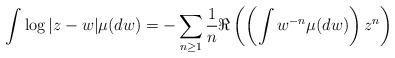
LaTeX: \begin{align*}\int\log|z-w|\mu(dw)=-\sum_{n\ge1}\frac{1}{n} \Re\left(\left(\int w^{-n}\mu(dw) \right)z^{n}\right)\end{align*}